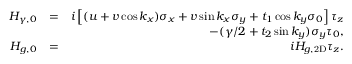
\begin{array} { r l r } { H _ { \gamma , 0 } } & { = } & { i \left[ ( u + v \cos k _ { x } ) \sigma _ { x } + v \sin k _ { x } \sigma _ { y } + t _ { 1 } \cos k _ { y } \sigma _ { 0 } \right] \tau _ { z } } \\ & { } & { - ( \gamma / 2 + t _ { 2 } \sin k _ { y } ) \sigma _ { y } \tau _ { 0 } , } \\ { H _ { g , 0 } } & { = } & { i H _ { g , \mathrm { 2 D } } \tau _ { z } . } \end{array}